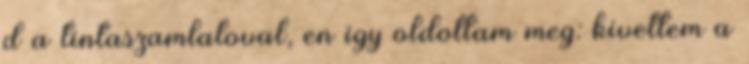
d a tintaszamlaloval, en igy oldottam meg: kivettem a